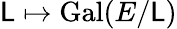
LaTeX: \mathsf{L}\mapsto{\mathrm{{Gal}}}(E/\mathsf{L})